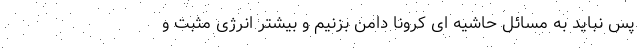
پس نباید به مسائل حاشیه ای کرونا دامن بزنیم و بیشتر انرژی مثبت و